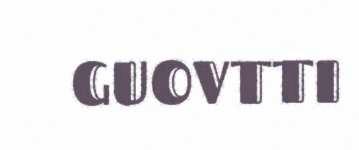
GUOVTTI